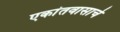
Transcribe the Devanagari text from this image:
एकांतवासाचे